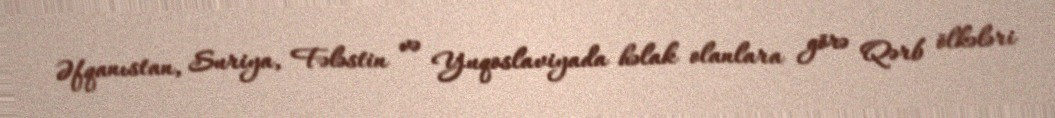
Əfqanıstan, Suriya, Fələstin və Yuqoslaviyada həlak olanlara görə Qərb ölkələri